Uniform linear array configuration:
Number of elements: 8
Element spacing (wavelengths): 0.25
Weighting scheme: uniform
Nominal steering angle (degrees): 30
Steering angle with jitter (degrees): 30.841
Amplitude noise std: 0.05
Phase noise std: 0.05

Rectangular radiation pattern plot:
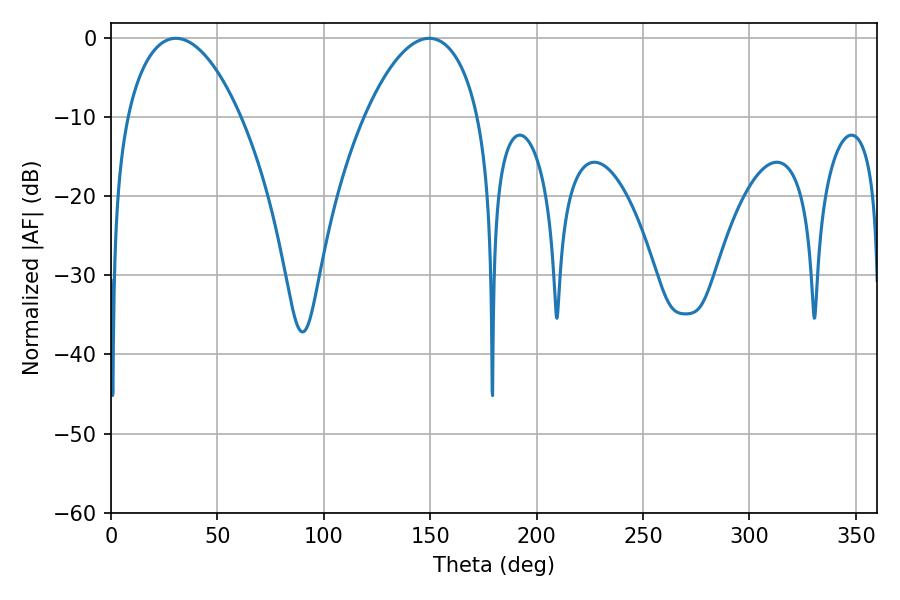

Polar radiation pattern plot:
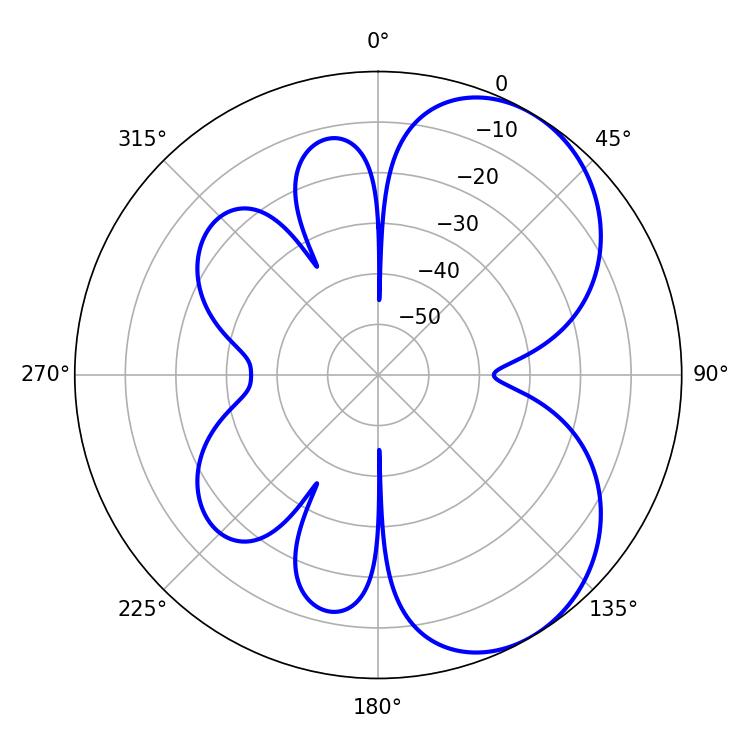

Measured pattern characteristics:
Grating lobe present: FALSE
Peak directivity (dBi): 5.504
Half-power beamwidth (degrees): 30.06
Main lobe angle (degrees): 30.42